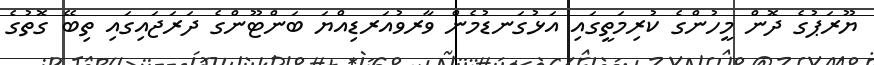
ޔޫރަޕުގެ ދޮން މީހުންގެ ކުރިމަތީގައި އަޅުގަނޑުމެން ވާރވުއަރޑިއްޔަ ބަންޓޫންގެ ދަރަޖައިގައި ތިބޭ ގޮތުގެ